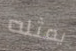
يمثله